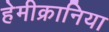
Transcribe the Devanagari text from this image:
हेमीक्रानिया